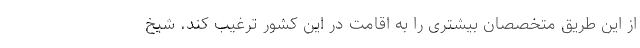
از این طریق متخصصان بیشتری را به اقامت در این کشور ترغیب کند. شیخ